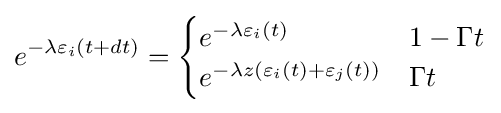
e^{-\lambda \varepsilon _{i}(t+dt)}={\begin{cases}e^{-\lambda \varepsilon _{i}(t)}&1-\Gamma t\\e^{-\lambda z\left(\varepsilon _{i}(t)+\varepsilon _{j}(t)\right)}&\Gamma t\end{cases}}